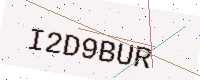
Text: I2D9BUR